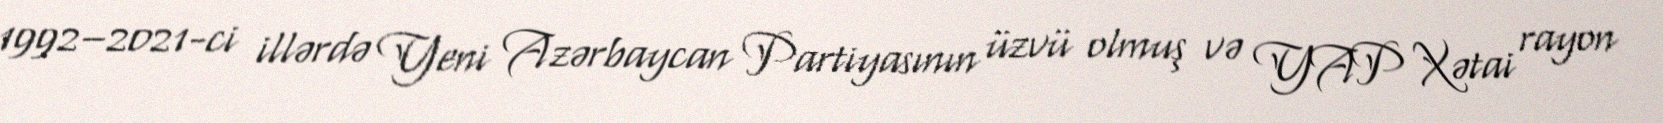
1992–2021-ci illərdə Yeni Azərbaycan Partiyasının üzvü olmuş və YAP Xətai rayon